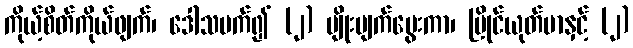
ကိုယ့်စိတ်ကိုယ်ဖျက်၊ ဒေါသမက်၍ (၂) မျိုးပျက်မွေးကာ၊ ပြိုင်ယုတ်မာနှင့် (၂)